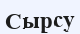
Сырсу